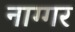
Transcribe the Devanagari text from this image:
नाग्गर